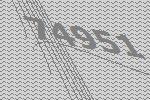
74951